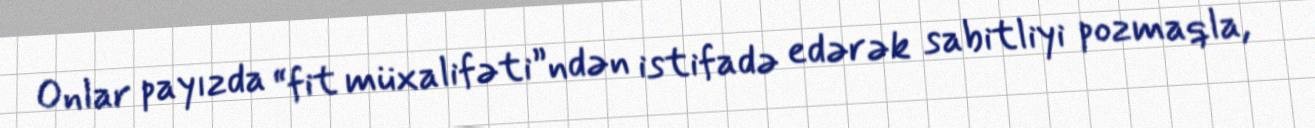
Onlar payızda “fit müxalifəti”ndən istifadə edərək sabitliyi pozmaqla,